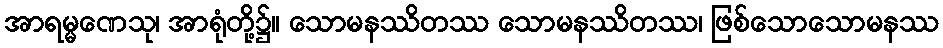
အာရမ္မဏေသု၊ အာရုံတို့၌။ သောမနဿိတဿ သောမနဿိတဿ၊ ဖြစ်သောသောမနဿ